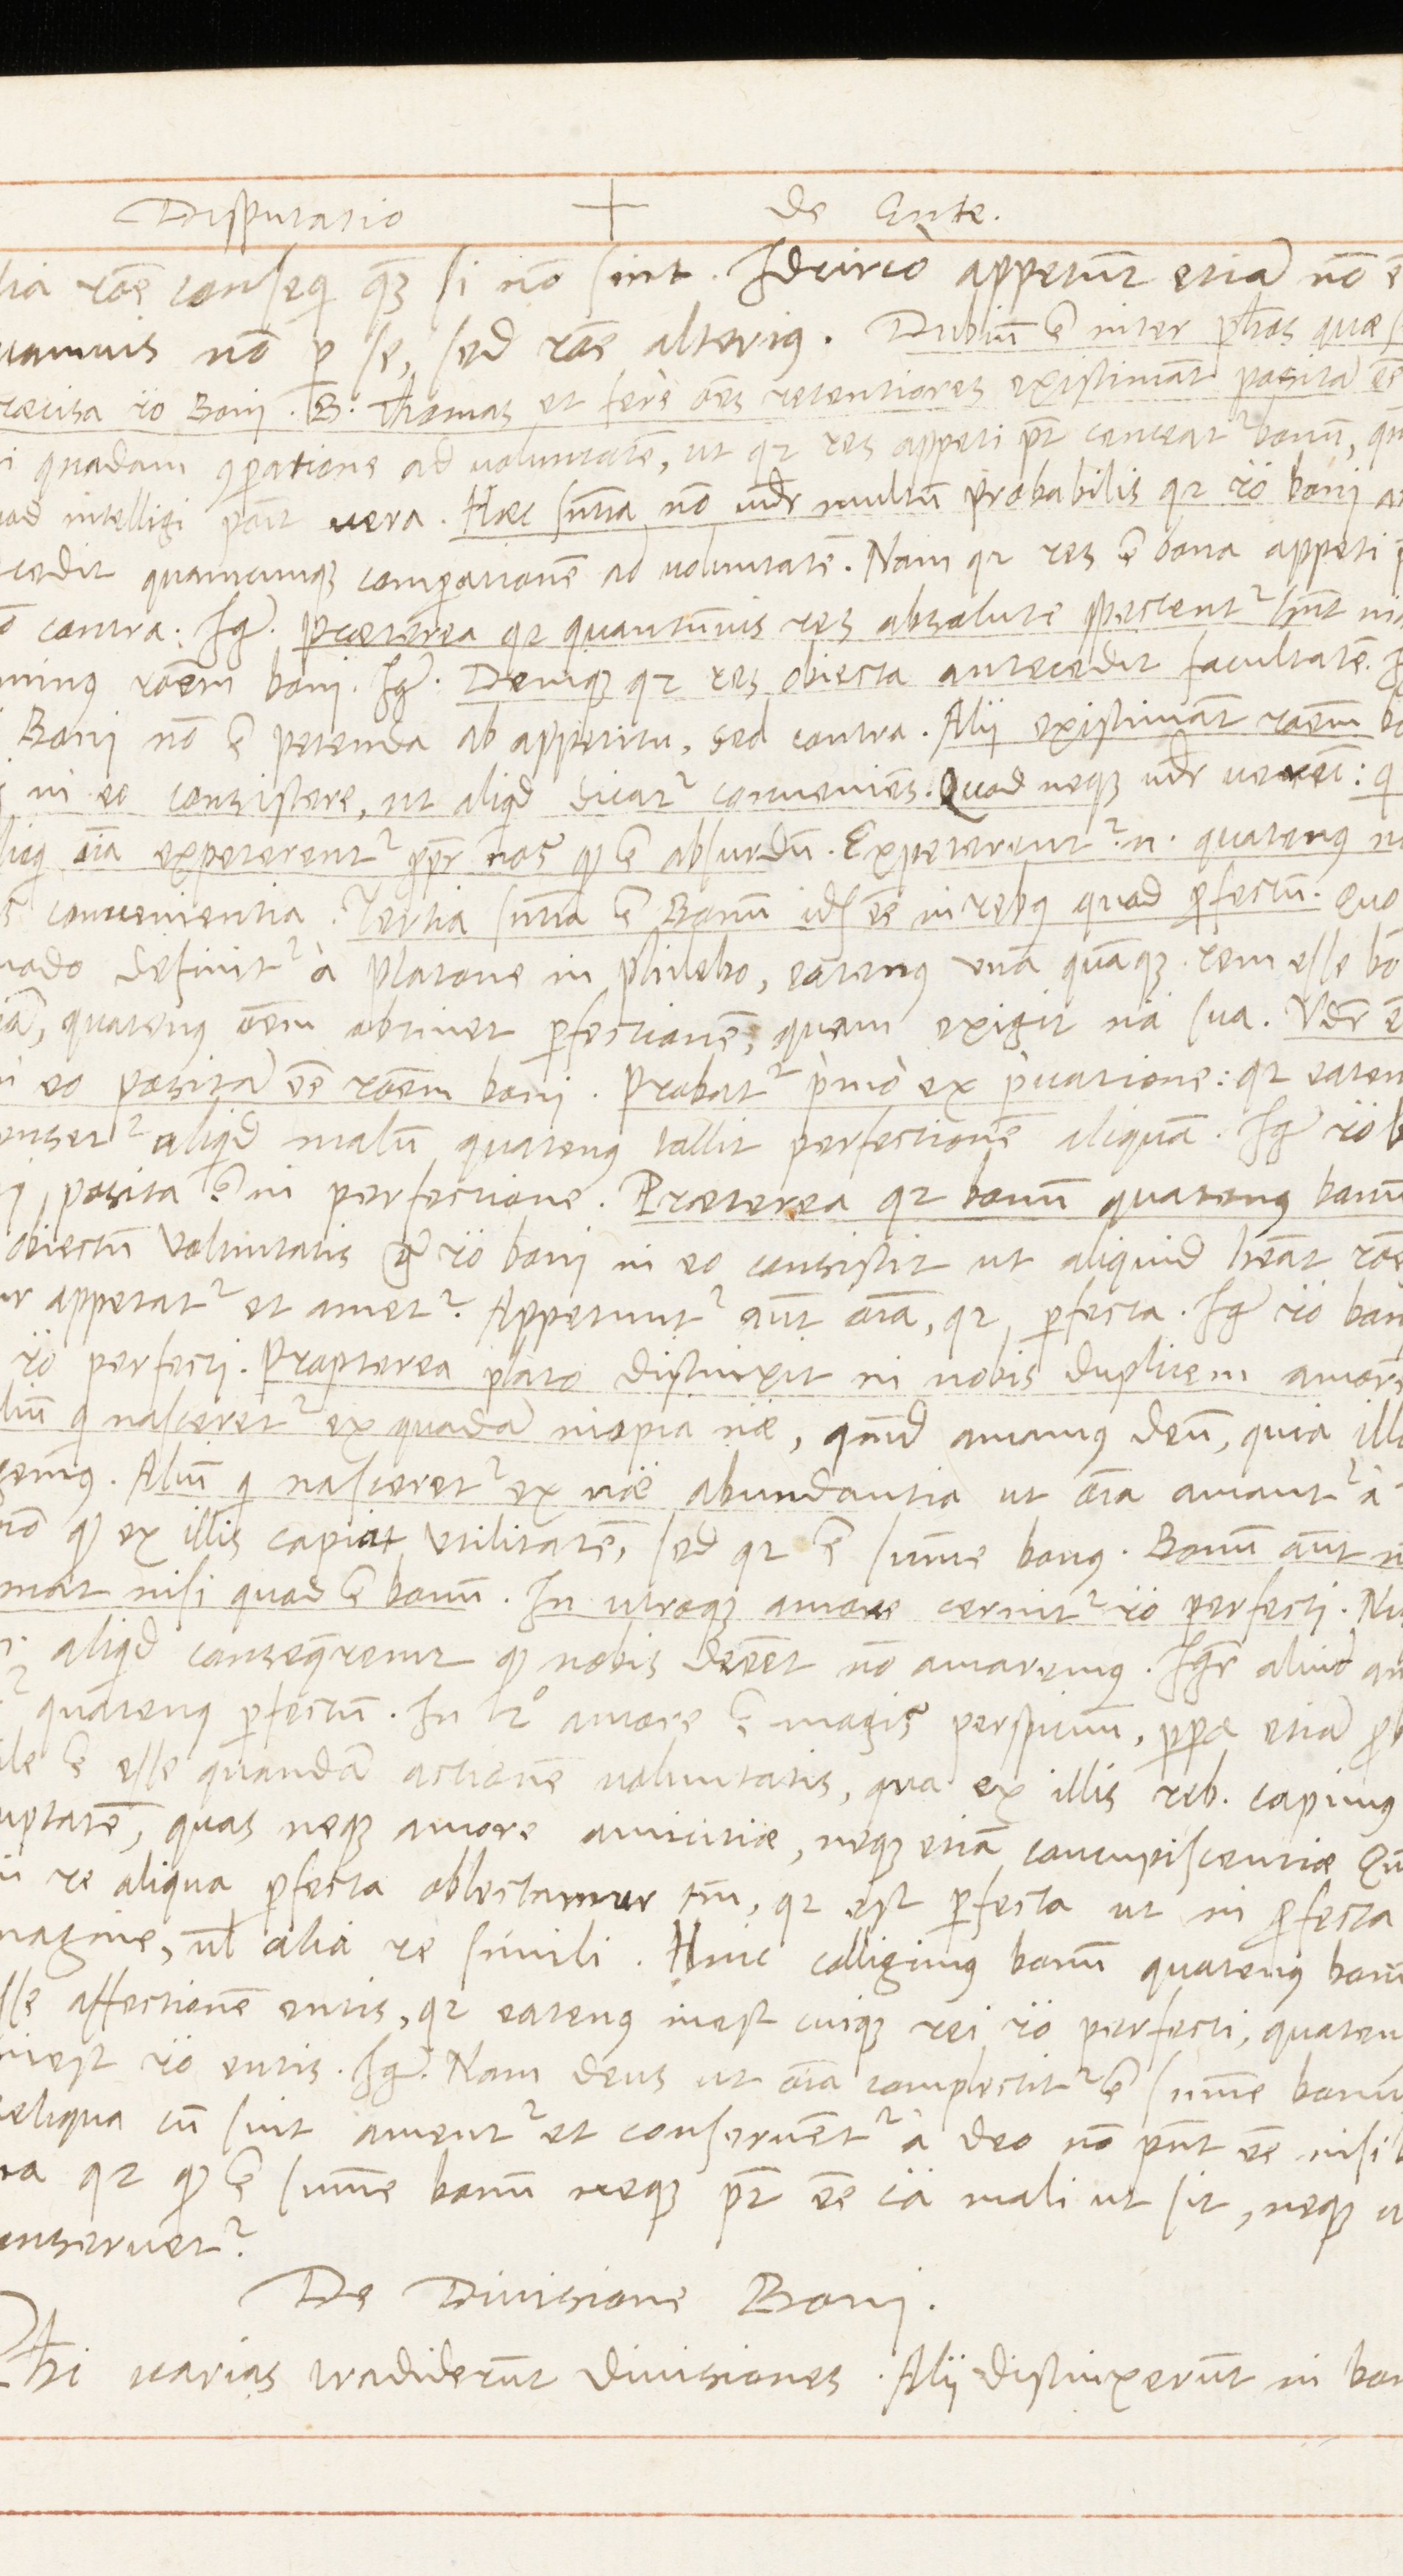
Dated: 1569–1569